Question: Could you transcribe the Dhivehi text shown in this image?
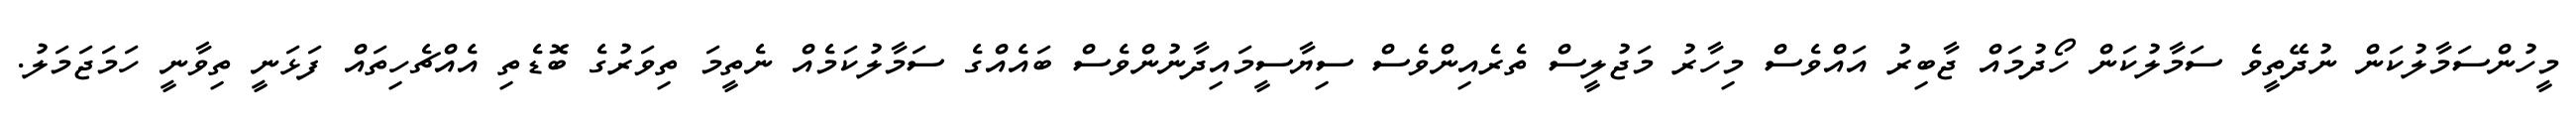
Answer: މީހުންސަމާލުކަން ނުދޭތީވެ ސަމާލުކަން ހޯދުމައް ޖާބިރު އައްވެސް މިހާރު މަޖުލީސް ތެރެއިންވެސް ސިޔާސީމައިދާނުންވެސް ބައެއްގެ ސަމާލުކަމެއް ނެތީމަ ތިވަރުގެ ބޮޑެތި އެއްޗެހިތައް ފަޅަނީ ތިވާނީ ހަމަޖަމަލު.